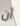
أن